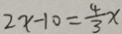
2 x - 1 0 = \frac { 4 } { 3 } x